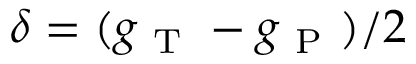
\delta = ( g _ { \mathrm { ~ T ~ } } - g _ { \mathrm { ~ P ~ } } ) / 2